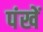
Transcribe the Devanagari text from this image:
पंखें